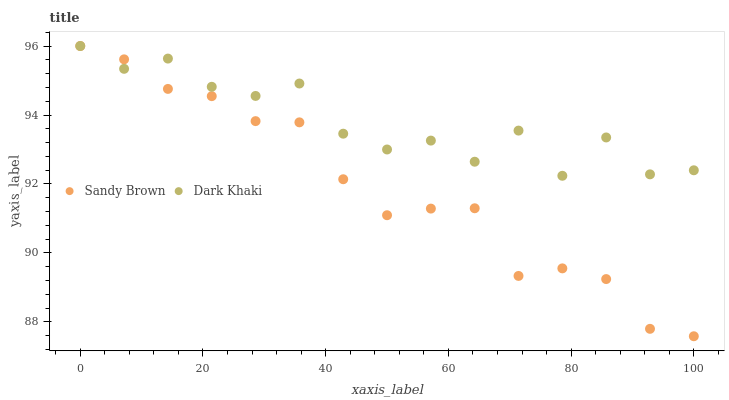
| xaxis_label | Sandy Brown | Dark Khaki |
 | --- | --- | --- |
 | 0 | 96 | 96 |
 | 7.14 | 95.6 | 95.3 |
 | 14.3 | 94.8 | 95.6 |
 | 21.4 | 94.5 | 94.8 |
 | 28.6 | 93.8 | 94.6 |
 | 35.7 | 93.8 | 94.9 |
 | 42.9 | 92.1 | 93.5 |
 | 50 | 91.1 | 93 |
 | 57.1 | 91.3 | 93.3 |
 | 64.3 | 91.3 | 92.6 |
 | 71.4 | 89.3 | 93.5 |
 | 78.6 | 89.6 | 92.2 |
 | 85.7 | 89.2 | 93.3 |
 | 92.9 | 87.8 | 92.3 |
 | 100 | 87.6 | 92.4 |